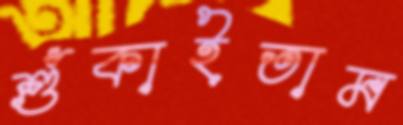
শুঁকাইতাম